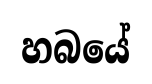
හබයේ